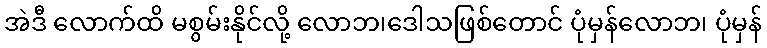
အဲဒီ လောက်ထိ မစွမ်းနိုင်လို့ လောဘ၊ဒေါသဖြစ်တောင် ပုံမှန်လောဘ၊ ပုံမှန်